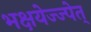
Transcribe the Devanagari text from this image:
भक्षयेज्ज्पेत्